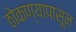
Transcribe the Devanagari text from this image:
ठोकण्यापासून